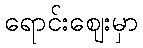
ရောင်းဈေးမှာ